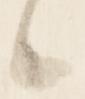
候